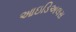
આઇડિઅલસ